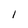
Character: I